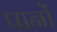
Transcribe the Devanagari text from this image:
पानों